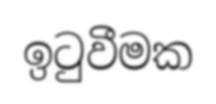
ඉටුවීමක